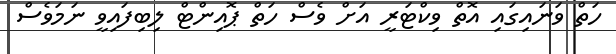
ހަތް ވަނައިގައި އޮތް ވިކްޓަރީ އަށް ވެސް ހަތް ޕޮއިންޓް ލިބިފައިވީ ނަމަވެސް